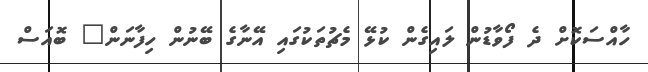
ހާއްސަކޮށް ދެ ފޯވާޑުން ލައިގެން ކުޅޭ މެޗުތަކުގައި އޭނާގެ ބޭނުން ހިފާނަން" ބޮއަސް